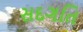
સદગતિ